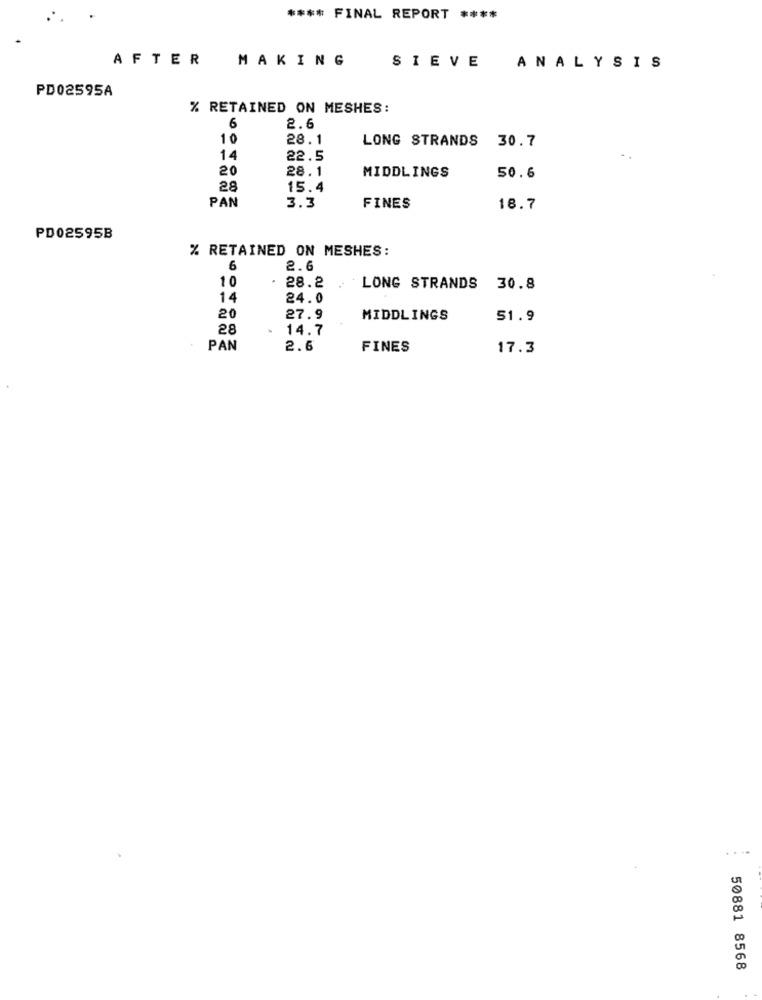
**** FINAL REPORT ****
AFTER
MAKING
SIEVE
ANALYSIS
PD02595A
% RETAINED ON MESHES:
6
2.6
10
28.1
LONG STRANDS 30.7
14
22.5
20
28.1
MIDDLINGS
50.6
28
15.4
PAN
3.3
FINES
18.7
PD02595B
% RETAINED ON MESHES:
6
2.6
28.2
10
LONG STRANDS 30.8
14
24.0
20
27.9
MIDDLINGS
51.9
28
.
14.7
PAN
2.6
FINES
17.3
50881 8568